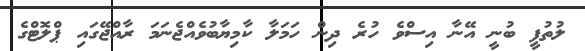
ލުތުފީ ބުނީ އޭނާ އިސްވެ ހުރެ ދިން ހަމަލާ ކާމިޔާބުވެއްޖެނަމަ ރާއްޖޭގައި ޕްލޮޓްގެ